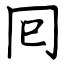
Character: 囘